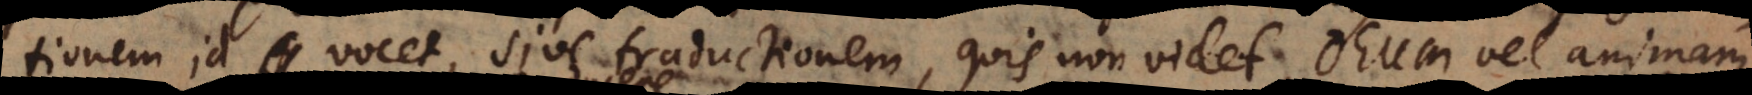
tionem id vocet, sive traductionem, quis non videt, Deum vel animam